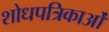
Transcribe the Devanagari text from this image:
शोधपत्रिकाओं